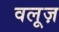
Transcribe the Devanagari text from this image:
वलूज़